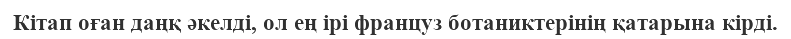
Кітап оған даңқ әкелді, ол ең ірі француз ботаниктерінің қатарына кірді.